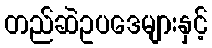
တည်ဆဲဥပဒေများနှင့်